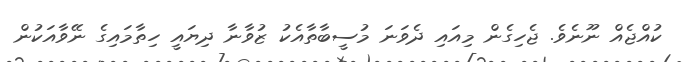
ކުއްޖެއް ނޫނެވެ. ޖެހިގެން މިއައި ދެވަނަ މުސީބާތާއެކު ޒުވާނާ ދިޔައީ ހިތާމައިގެ ނޭވާއަކުން